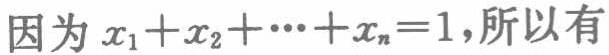
因为 \(x_1 + x_2 + \cdots + x_n = 1\)，所以有